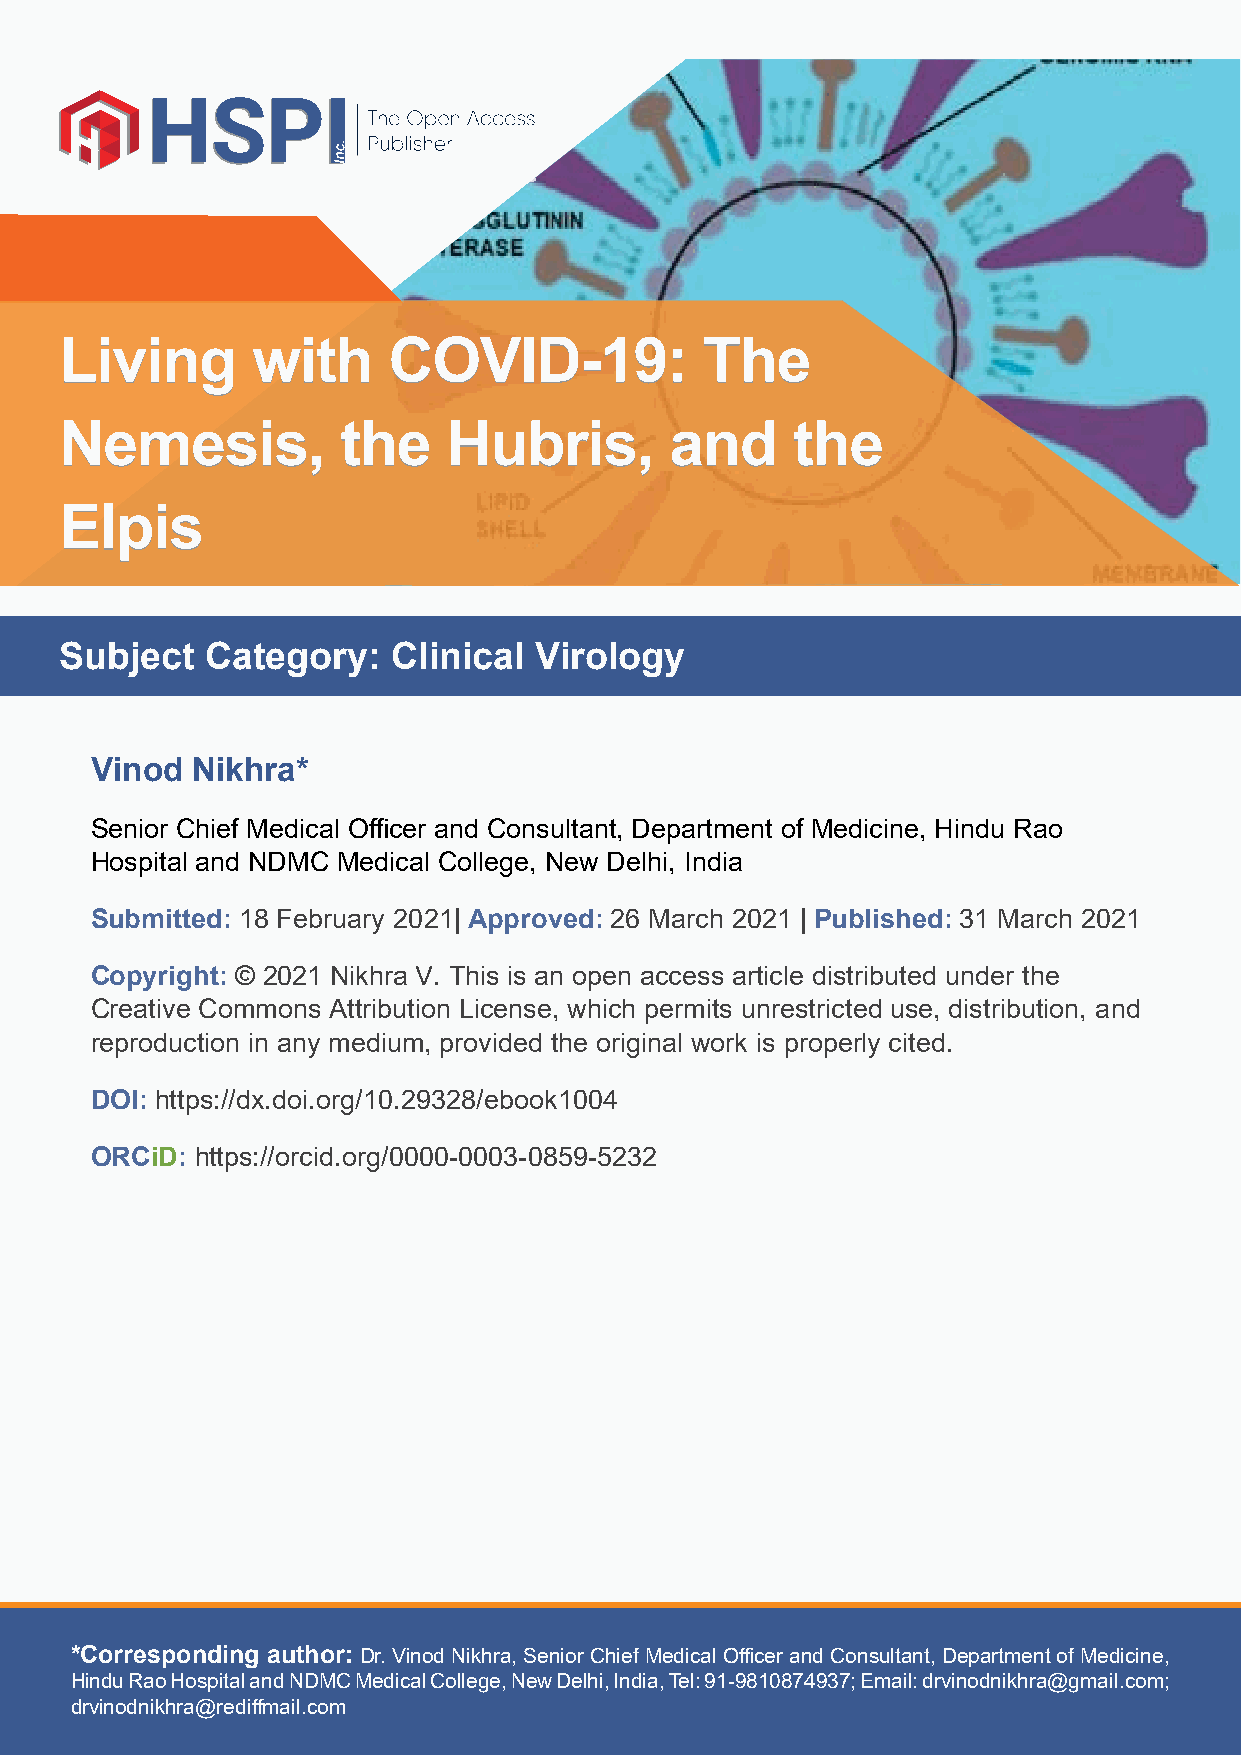
LLiivviinngg wwiitthh CCOOVVIIDD--1199::  TThhee
 NNeemmeessiiss,,   tthhee HHuubbrriiss,, aanndd tthhee
 EEllppiiss
 Subject   Category:   Clinical Virology
 Vinod  Nikhra*
 Senior Chief Medical Offi cer and Consultant, Department of Medicine, Hindu Rao
 Hospital and NDMC Medical College, New Delhi, India
 Submitted: 18 February 2021| Approved: 26 March 2021 | Published: 31 March 2021
 Copyright: © 2021 Nikhra V. This is an open access article distributed under the
 Creative Commons Attribution License, which permits unrestricted use, distribution, and
 reproduction in any medium, provided the original work is properly cited.
 DOI: https://dx.doi.org/10.29328/ebook1004
 ORCiD: https://orcid.org/0000-0003-0859-5232
 *Corresponding author: Dr. Vinod Nikhra, Senior Chief Medical Offi cer and Consultant, Department of Medicine,
 Hindu Rao Hospital and NDMC Medical College, New Delhi, India, Tel: 91-9810874937; Email: drvinodnikhra@gmail.com;
 drvinodnikhra@rediff mail.com